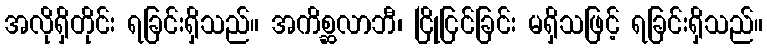
အလိုရှိတိုင်း ရခြင်းရှိသည်။ အကိစ္ဆလာဘီ၊ ငြိုငြင်ခြင်း မရှိသဖြင့် ရခြင်းရှိသည်။